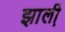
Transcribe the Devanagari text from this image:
झाली़